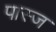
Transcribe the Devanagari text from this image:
पास्ज